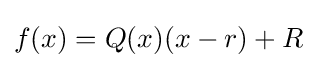
f(x)=Q(x)(x-r)+R